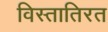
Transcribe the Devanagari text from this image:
विस्तातिरत